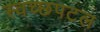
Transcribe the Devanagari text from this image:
स्वच्छपटल